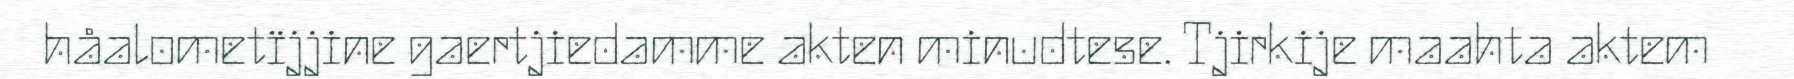
håalometïjjine gaertjiedamme akten minudtese. Tjirkije maahta aktem